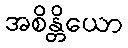
အစိန္တိယော